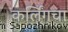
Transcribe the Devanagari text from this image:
कर्लिंगचा